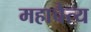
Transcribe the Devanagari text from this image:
महाचैत्य